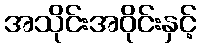
အသိုင်းအဝိုင်းနှင့်